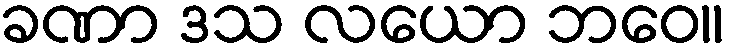
ခဏာ ဒသ လယော ဘဝေ။